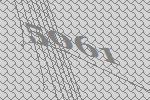
5061